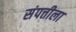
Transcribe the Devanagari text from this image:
संपत्तीला